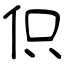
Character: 伿